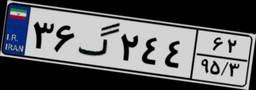
۳۶گ۲۴۴۶۲